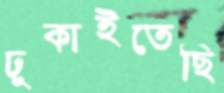
ঢুকাইতেছি